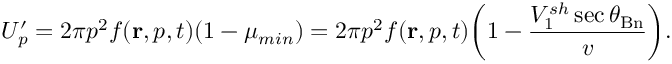
U _ { p } ^ { \prime } = 2 \pi p ^ { 2 } f ( \mathbf { r } , p , t ) ( 1 - \mu _ { m i n } ) = 2 \pi p ^ { 2 } f ( \mathbf { r } , p , t ) \biggr ( 1 - \frac { V _ { 1 } ^ { s h } \sec { \theta _ { \mathrm { B n } } } } { v } \biggl ) .